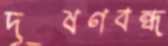
দূষণবন্ধ